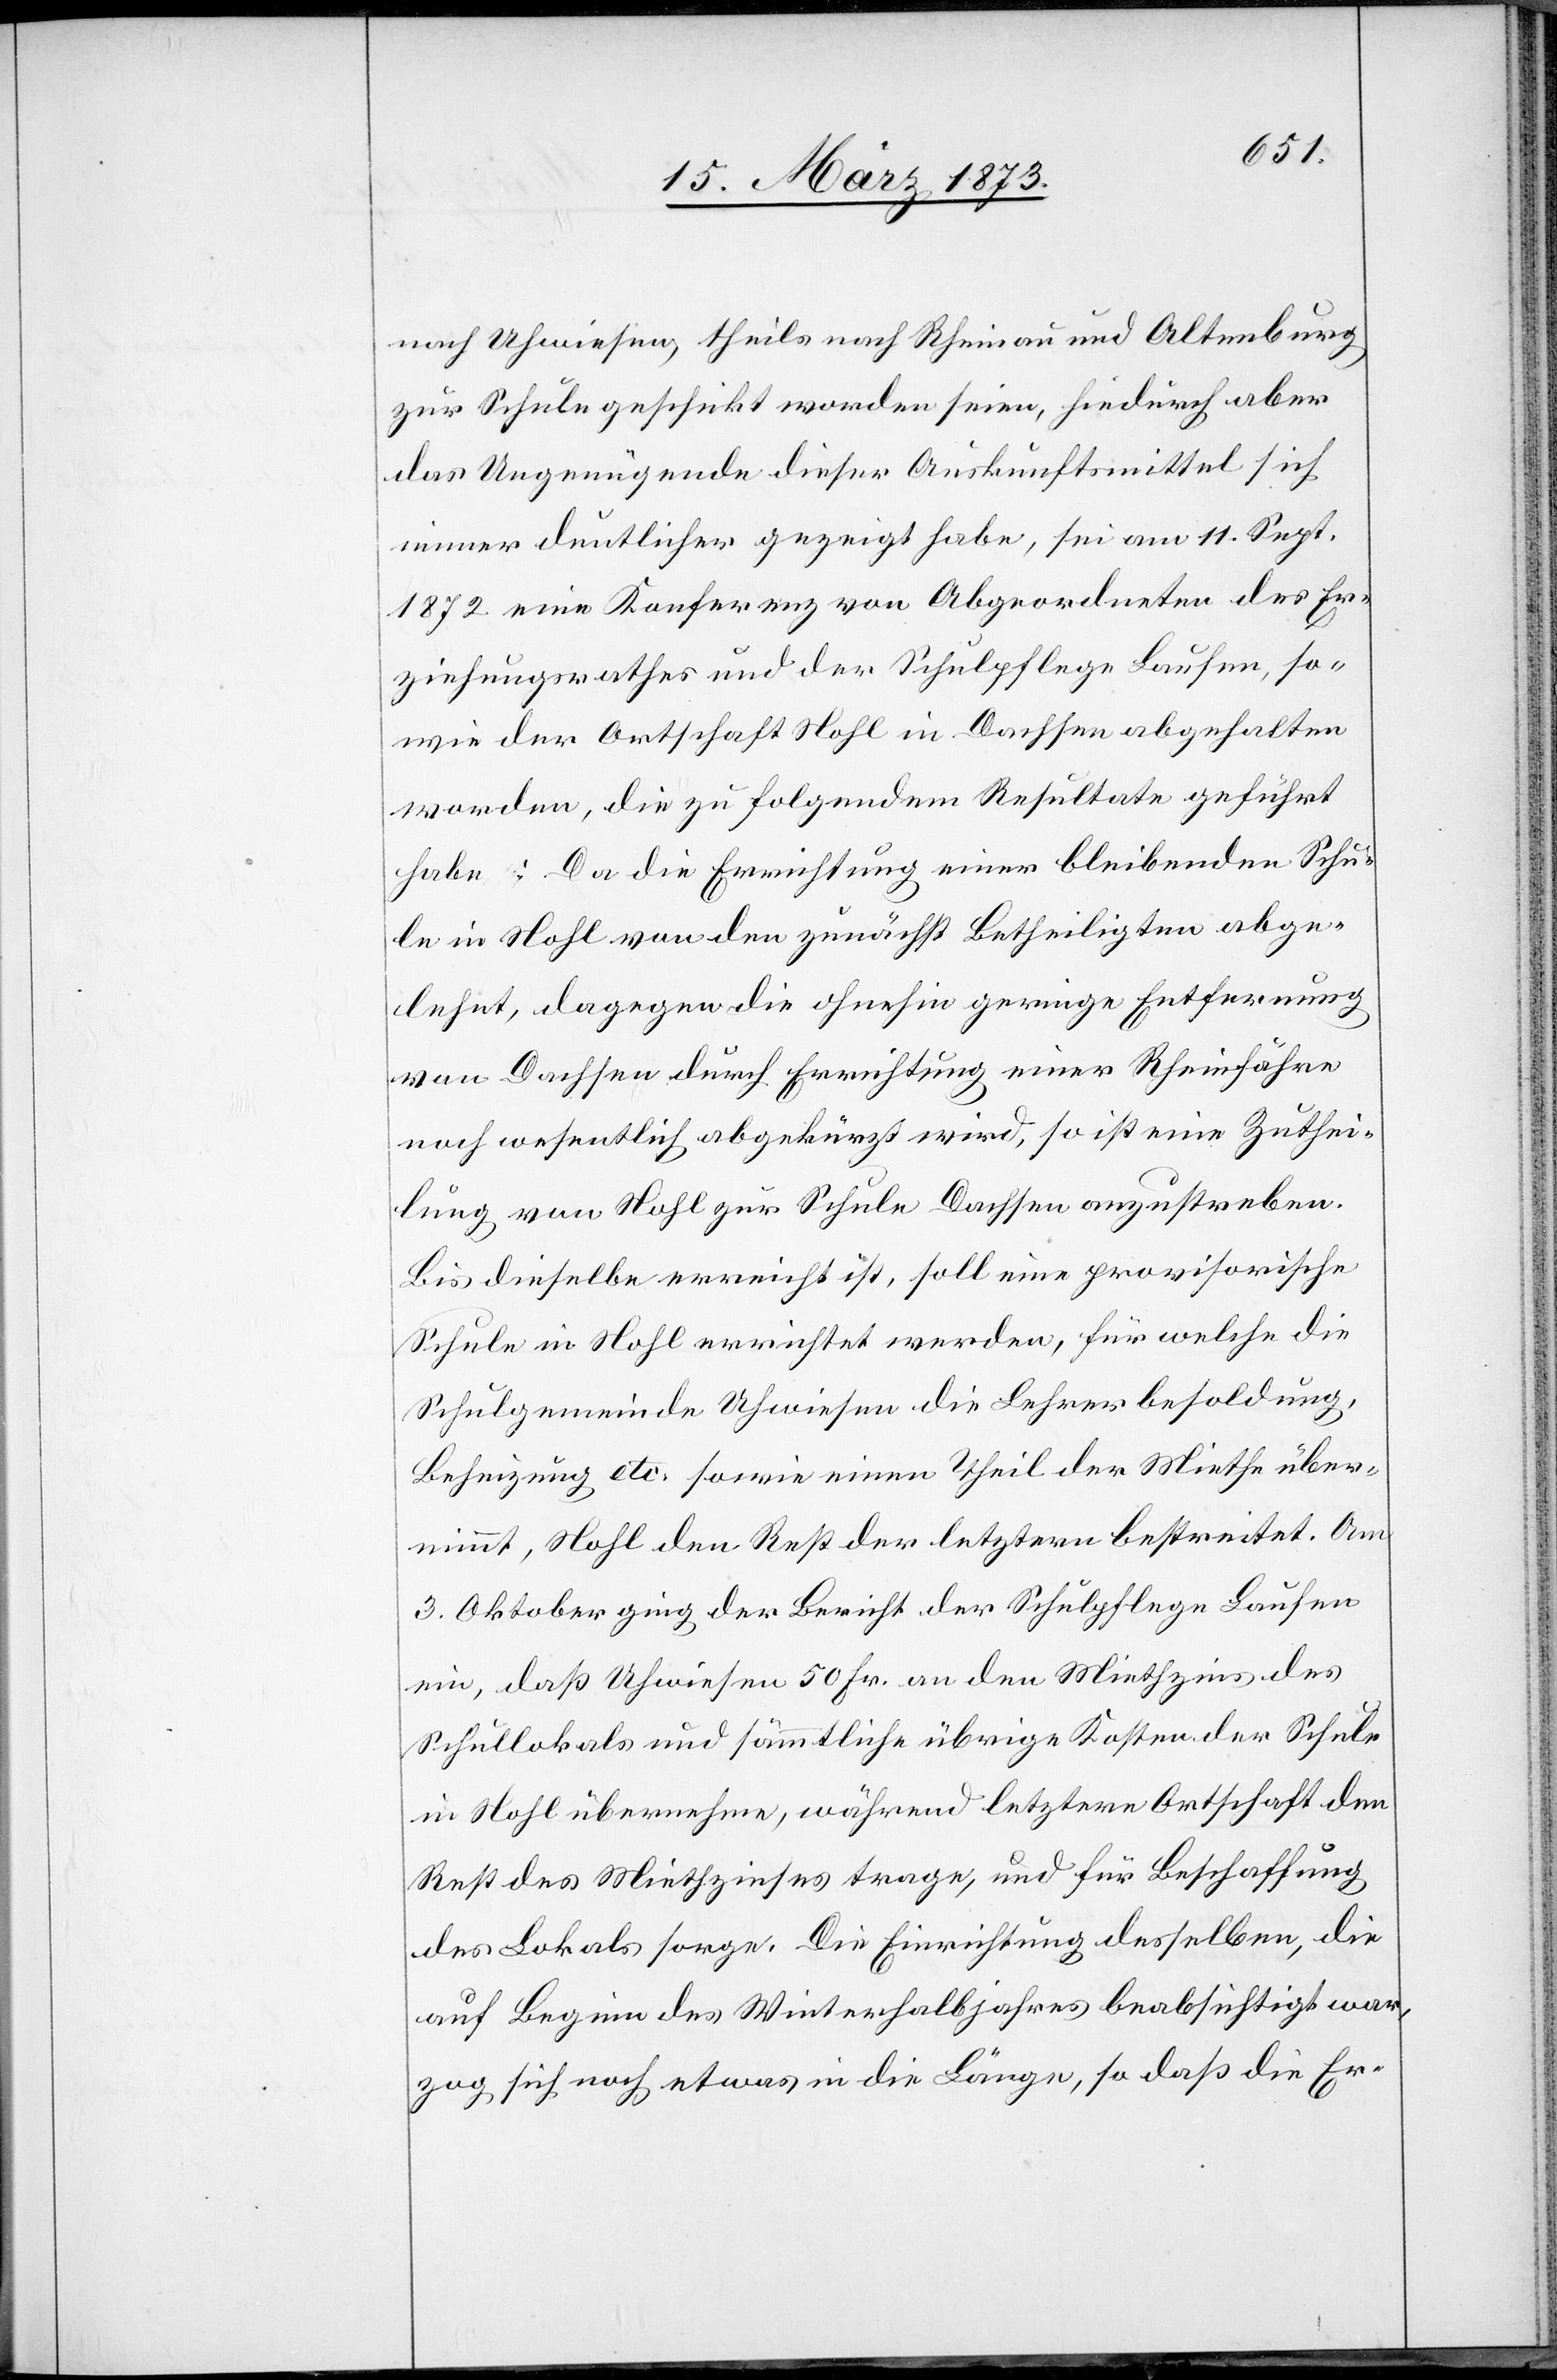
nach Uhwiesen, theils nach Rheinau und Altenberg
zur Schule geschickt worden seien, hiedurch aber
das Ungenügende dieser Auskunftsmittel sich
immer deutlicher gezeigt habe, sei am 11. Sept.
1872 eine Konferenz von Abgeordneten des Er¬
ziehungsrathes und der Schulpflege Laufen, so¬
wie der Ortschaft Nohl in Dachsen abgehalten
worden, die zu folgendem Resultate geführt
habe: Da die Errichtung einer bleibenden Schu¬
le in Nohl von den zunächst Betheiligten abge¬
lehnt, dagegen die ohnehin geringe Entfernung
von Dachsen durch Errichtung einer Rheinfähre
noch wesentlich abgekürzt wird, so ist eine Zuthei¬
lung von Nohl zur Schule Dachsen anzustreben.
Bis dieselbe erreicht ist, soll eine provisorische
Schule in Nohl errichtet werden, für welche die
Schulgemeinde Uhwiesen die Lehrerbesoldung,
Beheizung etc. sowie einen Theil der Miethe über¬
nimmt, Nohl den Rest der letztern bestreitet. Am
3. Oktober ging der Bericht der Schulpflege Laufen
ein, daß Uhwiesen 50 Fr. an den Miethzins des
Schullokals und sämmtliche übrige Kosten der Schule
in Nohl übernehme, während letztere Ortschaft den
Rest des Miethzinses trage, und für Beschaffung
des Lokals sorge. Die Einrichtung desselben, die
auf Beginn des Winterhalbjahres beabsichtigt war,
zog sich noch etwas in die Länge, so daß die Er-